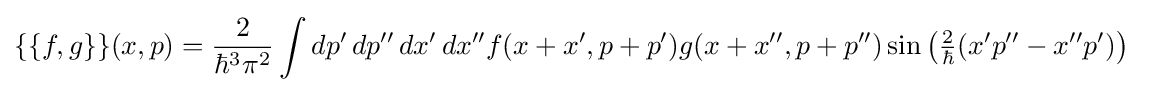
\{\{f,g\}\}(x,p)={2 \over \hbar ^{3}\pi ^{2}}\int dp'\,dp''\,dx'\,dx''f(x+x',p+p')g(x+x'',p+p'')\sin \left({\tfrac {2}{\hbar }}(x'p''-x''p')\right)~